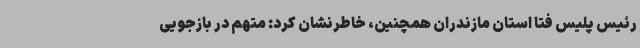
رئیس پلیس فتا استان مازندران همچنین، خاطرنشان کرد: متهم در بازجویی